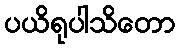
ပယိရုပါသိတော